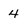
Character: 4